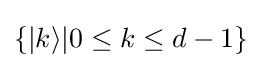
\{|k\rangle |0\leq k\leq d-1\}